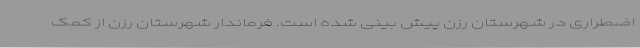
اضطراری در شهرستان رزن پیش بینی شده است. فرماندار شهرستان رزن از کمک